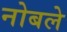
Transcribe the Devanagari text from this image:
नोबले